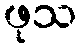
ဖုသ